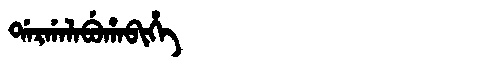
Manchu: ᡩᠠᡵᡤᠠᠯᠠᠪᡠᡥᠠᠪᡳᡥᡝ
Romanization: DARGALABUHABIHE